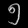
Digit: ၅